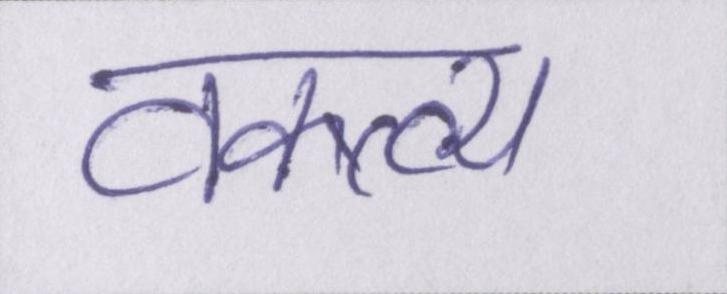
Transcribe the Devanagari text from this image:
वक्त्व्य